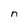
Character: n